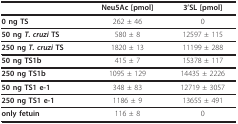
<table><thead><tr><td></td><td><b>Neu5Ac [pmol]</b></td><td><b>3&#x27;SL [pmol]</b></td></tr></thead><tbody><tr><td><b>0 ng TS</b></td><td>262 ± 46</td><td>0</td></tr><tr><td><b>50 ng <i>T. cruzi </i>TS</b></td><td>580 ± 8</td><td>12597 ± 115</td></tr><tr><td><b>250 ng <i>T. cruzi </i>TS</b></td><td>1820 ± 13</td><td>11199 ± 288</td></tr><tr><td><b>50 ng TS1b</b></td><td>415 ± 7</td><td>15378 ± 117</td></tr><tr><td><b>250 ng TS1b</b></td><td>1095 ± 129</td><td>14435 ± 2226</td></tr><tr><td><b>50 ng TS1 e-1</b></td><td>348 ± 83</td><td>12719 ± 3057</td></tr><tr><td><b>250 ng TS1 e-1</b></td><td>1186 ± 9</td><td>13655 ± 491</td></tr><tr><td><b>only fetuin</b></td><td>116 ± 8</td><td>0</td></tr></tbody></table>